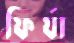
ফির্যা